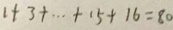
1 + 3 + \cdots + 1 5 + 1 6 = 8 0